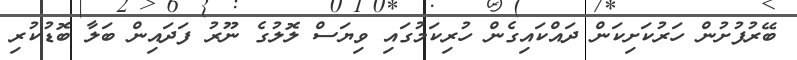
ބޭރުފުށުން ހަރުކަށިކަން ދައްކައިގެން ހުރިކަމުގައި ވިޔަސް ލޮލުގެ ނޫރު ފަދައިން ބަލާ ބޮޑުކުރި